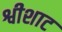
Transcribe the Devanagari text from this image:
श्वीशाट